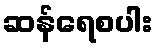
ဆန်ရေစပါး